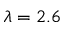
\lambda = 2 . 6